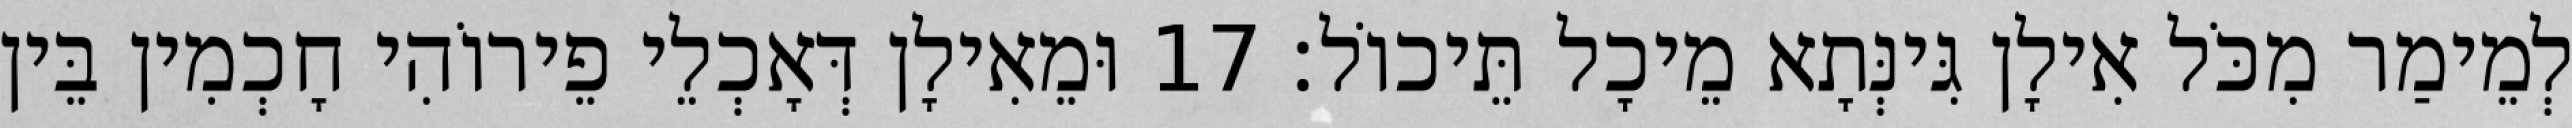
לְמֵימַר מִכֹּל אִילָן גִּינְּתָא מֵיכָל תֵּיכוֹל׃ 17 וּמֵאִילָן דְּאָכְלֵי פֵירוֹהִי חָכְמִין בֵּין